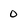
Character: 0